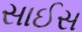
સાઈસ